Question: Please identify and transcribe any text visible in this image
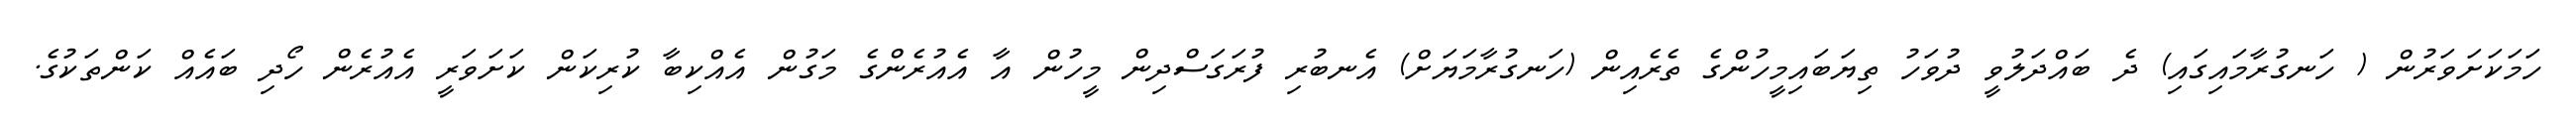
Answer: ހަމަކަށަވަރުން ( ހަނގުރާމައިގައި) ދެ ބައްދަލުވީ ދުވަހު ތިޔަބައިމީހުންގެ ތެރެއިން (ހަނގުރާމަޔަށް) އެނބުރި ފުރަގަސްދިން މީހުން އާ އެއުރެންގެ މަގުން އެއްކިބާ ކުރިކަން ކަށަވަރީ އެއުރެން ހޯދި ބައެއް ކަންތަކުގެ.